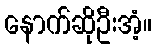
နောက်ဆိုဦးအံ့။